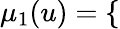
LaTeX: \begin{array}{r}{\mu_{1}(u)=\left\{ \begin{array}{rl}\end{array}\right.}\end{array}